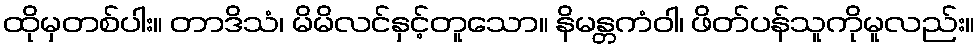
ထိုမှတစ်ပါး။ တာဒိသံ၊ မိမိလင်နှင့်တူသော။ နိမန္တကံဝါ၊ ဖိတ်ပန်သူကိုမူလည်း။